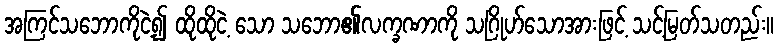
အကြင်သဘောကိုငဲ့၍ ထိုထိုငဲ့ သော သဘော၏လက္ခဏာကို သဂြိုဟ်သောအားဖြင့် သင့်မြတ်သတည်း။